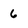
Character: 6